Assam Mental Hospital (Tezpur, India) - 1933-1948
Year: 1933
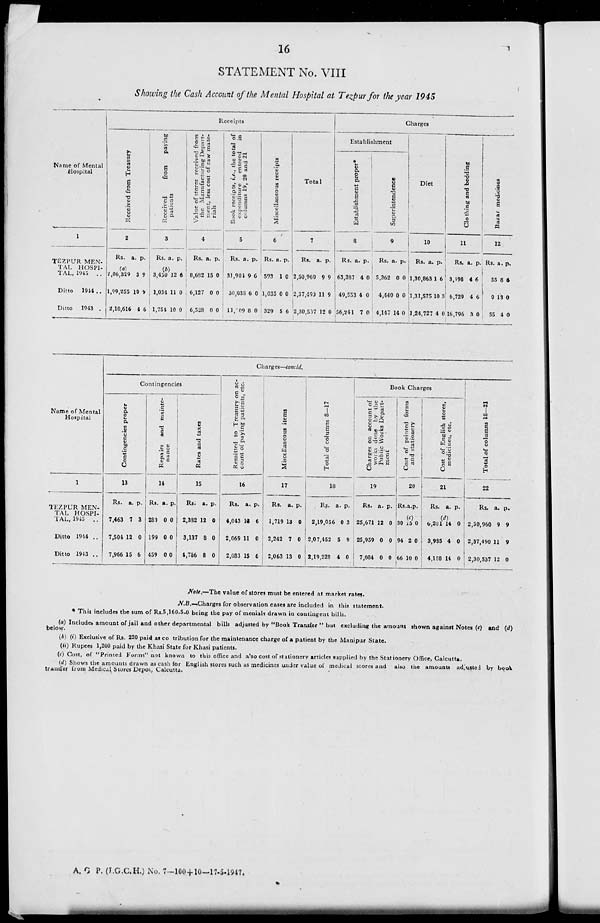
16
STATEMENT No. VIII
Showing the Cash Account of the Mental Hospital at Tezpur for the year 1945
Name of Mental
Hospital
1
TEZPUR MEN-
TAL
HOSPI-
TAL, 1945
..
Ditto
1944 ..
Ditto
1943 ..
Receipts
Received from Treasury
2
Rs.
a. p.
(a)
2, 06,329
1,99,255
2,10,616
3
10
4
9
9
6
Received
from
paying
patients
3
Rs. a. p.
(b)
3,450
1,034
1,754
12
11
10
6
0
0
Value of stores received from
the Manufacturing Depart-
ment, less cost of raw mate-
rials
4
Rs.
8,682
6,127
6,528
a.
15
0
0
p.
0
0
0
Book receipts, i.e., the total of
expenditure
entered
in
columns 19, 20 and 21
5
Rs.
31,904
30,038
11, 09
a.
9
6
8
p.
6
0
0
Miscellaneous receipts
6
Rs.
593
1,035
329
a.
1
0
5
p.
0
0
6
Total
7
Rs.
2,50,960
2,37,490
2,30,587
a.
9
11
12
p.
9
9
0
Charges
Establishment
Establishment proper*
8
Rs.
63,387
49,553
56,241
a.
4
4
7
p.
0
0
0
Superintendence
9
Rs.
5,362
4,440
4,147
a.
0
0
14
p.
0
0
0
Diet
10
Rs.
1,30,863
1 ,31,575
1,24,727
a.
1
10
4
p.
6
3
0
Clothing and bedding
11
Rs.
3,198
6,729
16,796
a.
4
4
3
p.
6
6
0
Bazar medicines
12
Rs.
55
0
55
a.
8
13
4
p.
63
0
0
Name of Mental
Hospital
1
TEZPUR MEN-
TAL HOSPI-
TAL, 1945
..
Ditto 1944 ..
Ditto 1943 ..
Charges—concld.
Contingencies
Contingencies proper
13
Rs.
7,463
7,504
7,966
a.
7
12
15
p.
3
0
6
Repairs and mainte-
nance
14
Rs.
280
199
459
a.
0
0
0
p.
0
0
0
Rates and taxes
15
Rs.
2,382
3,137
4,786
a.
12
8
8
p.
0
0
0
Remitted to Treasury on ac-
count of paying patients, etc.
16
Rs.
4,043
2,069
2,083
a.
13
11
15
p.
6
0
6
Miscellaneous items
17
Rs.
1,719
2,242
2,063
a.
13
7
13
p.
0
0
0
Total of columns 8—17
18
Rs.
2,19,056
2,07,452
2,19,228
a.
0
5
4
p.
3
9
0
Book Charges
Charges on account of
works done by the
Public Works Depart-
ment
19
Rs.
25,671
25,959
7,084
a.
12
0
0
p.
0
0
0
Cost of printed forms
and stationery
20
Rs. a. p.
(c)
30
94
66
15
2
10
0
0
0
Cost of English stores,
medicines, etc.
21
Rs. a. p.
(d)
6,201
3,985
4,158
14
4
14
0
0
0
Total of columns 18—21
22
Rs.
2,50,960
2,37,490
2,30,537
a.
9
11
12
p.
9
9
0
Note.—The value of stores must be entered at market rates.
N.B.—Charges for observation cases are included in this statement.
* This includes the sum of Rs.5,160-5-0 being the pay of menials drawn in contingent bills.
(a) Includes amount of jail and other departmental bills adjusted by "Book Transfer " but excluding the amount shown against Notes (c) and (d)
below.
(b) (i) Exclusive of Rs. 220 paid as contribution for the maintenance charge of a patient by the Manipur State.
(ii) Rupees 1,200 paid by the Khasi State for Khasi patients.
(c) Cost, of "Printed Forms" not known to this office and also cost of stationery articles supplied by the Stationery Office, Calcutta.
(d) Shows the amounts drawn as cash for English stores such as medicines under value of medical stores and also the amounts adjusted by book
transfer from Medical Stores Depot, Calcutta.
A. G. P. (J.G.C.H.) No. 7—100+10—17-5-1947.